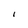
Character: I